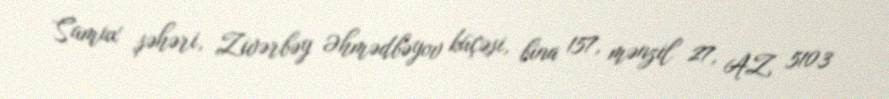
Samux şəhəri, Zivərbəy Əhmədbəyov küçəsi, bina 157, mənzil 27, AZ 5103